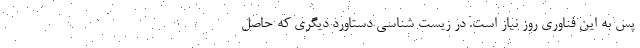
پس به این فناوری روز نیاز است. در زیست شناسی دستاورد دیگری که حاصل